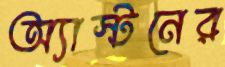
অ্যাস্টনের